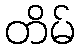
တိမ်